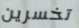
تخسرين